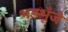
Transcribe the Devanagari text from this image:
भड़भूँजे